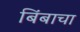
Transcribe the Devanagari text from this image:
बिंबाचा